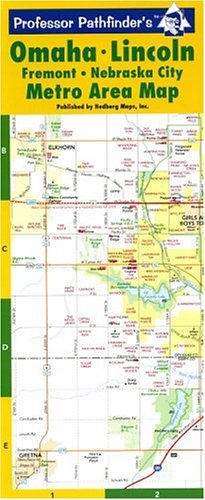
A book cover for Omaha, Lincoln Metro Area Map: Council Bluffs, Fremont (Professor Pathfinders); Hedberg Maps Inc; Travel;